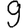
Digit: 9